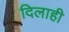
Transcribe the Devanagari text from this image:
दिलाही